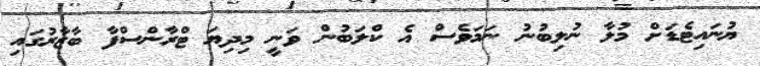
ޔުނައިޓެޑަށް މުލާ ނުލިބުނު ނަމަވެސް އެ ކްލަބުން ވަނީ މިދިޔަ ޓްރާންސްފާ ބާޒާރުގައި